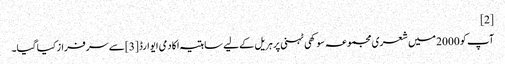
[2]
آپ کو 2000 میں شعری مجموعہ سوکھی ٹہنی پر ہریل کے لیے ساہتیہ اکادمی ایوارڈ [3]سے سرفراز کیا گیا۔